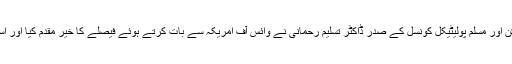
انسانی حقوق کے ایک سینئر کارکن اور مسلم پولیٹیکل کونسل کے صدر ڈاکٹر تسلیم رحمانی نے وائس آف امریکہ سے بات کرتے ہوئے فیصلے کا خیر مقدم کیا اور اسے توقع کے عین مطابق قرار دیا۔